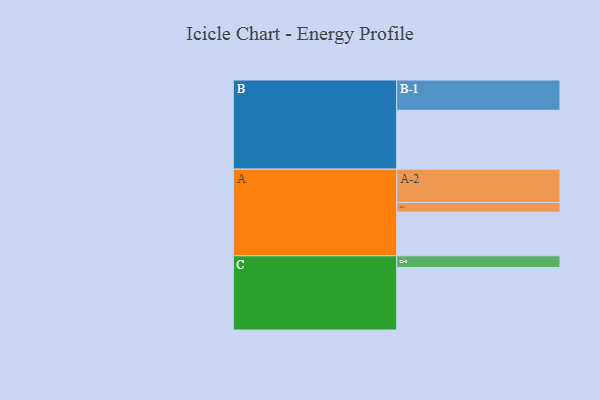
{"axis": {"x": "Segment", "y": "Value"}, "legend": ["", "A", "B", "C"], "data": [{"x": "A", "y": 310, "type": ""}, {"x": "B", "y": 418, "type": ""}, {"x": "C", "y": 444, "type": ""}, {"x": "A-1", "y": 69, "type": "A"}, {"x": "A-2", "y": 236, "type": "A"}, {"x": "B-1", "y": 215, "type": "B"}, {"x": "C-1", "y": 83, "type": "C"}]}